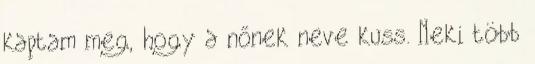
kaptam meg, hogy a nőnek neve kuss. Neki több